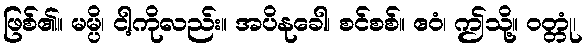
ဖြစ်၏။ မမ္ပိ၊ ငါ့ကိုလည်း။ အပိနုခေါ၊ စင်စစ်။ ဧဝံ၊ ဤသို့။ ဝတ္တုံ၊